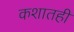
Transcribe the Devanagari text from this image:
कशातही